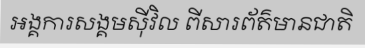
អង្គការសង្គមស៊ីវិល ពីសារព័ត៌មានជាតិ